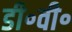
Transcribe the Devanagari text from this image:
डी॰वी॰